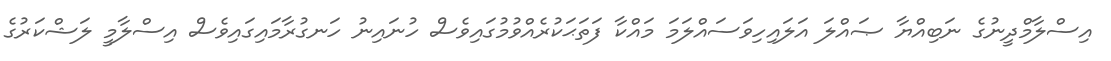
އިސްލާމްދީނުގެ ނަބިއްޔާ ޞައްލަ އަލައިހިވަސައްލަަމަ މައްކާ ފަތަޙަކުރެއްވުމުގައިވެސް ހުނައިނު ހަނގުރާމައިގައިވެސް އިސްލާމީ ލަޝްކަރުގެ